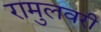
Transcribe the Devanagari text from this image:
रामुलवरी